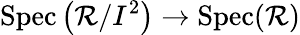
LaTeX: \operatorname{Spec}\left(\mathcal{R}/I^{2}\right)\to\operatorname{Spec}(\mathcal{R})